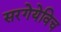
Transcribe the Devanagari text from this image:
सरगेयेविच